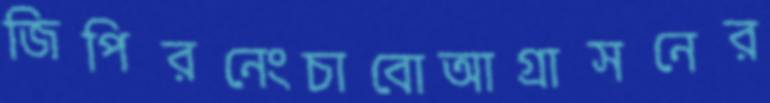
জিপিরনেংচাবোআগ্রাসনের